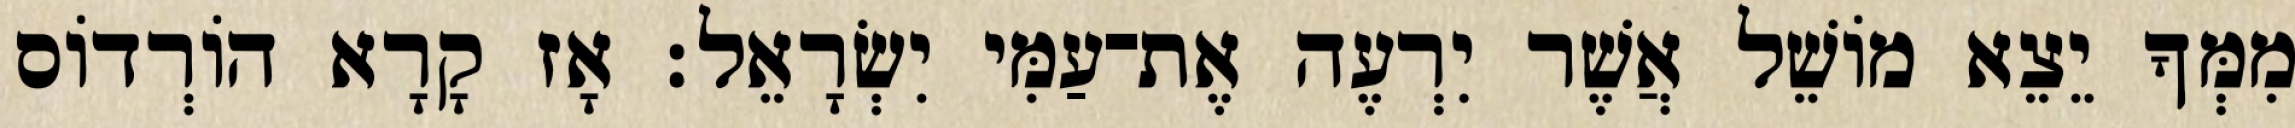
מִמְּךָ יֵצֵא מוֹשֵׁל אֲשֶׁר יִרְעֶה אֶת־עַמִּי יִשְׂרָאֵל׃ אָז קָרָא הוֹרְדוֹס